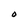
Character: 0